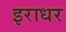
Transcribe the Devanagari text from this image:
इराधर